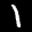
Label: 1